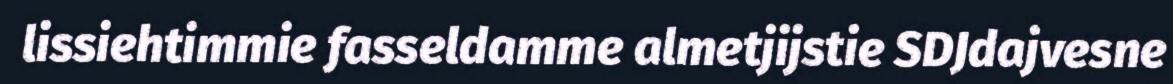
lissiehtimmie fasseldamme almetjijstie SDJdajvesne